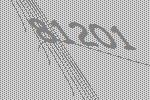
81201